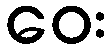
ဝေး